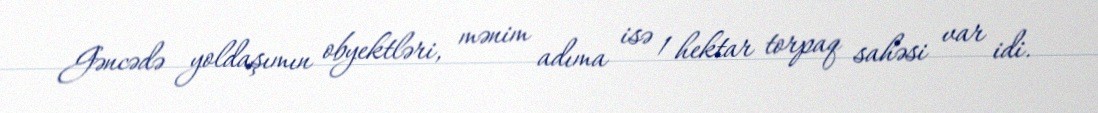
Gəncədə yoldaşımın obyektləri, mənim adıma isə 1 hektar torpaq sahəsi var idi.